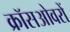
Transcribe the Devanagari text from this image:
क्रॉसओवरों